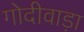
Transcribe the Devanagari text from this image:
गोदीवाड़ा